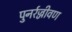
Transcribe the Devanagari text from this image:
पुनर्रज्जीवण